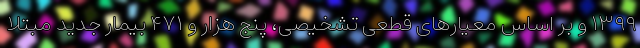
۱۳۹۹ و بر اساس معیارهای قطعی تشخیصی، پنج هزار و ۴۷۱ بیمار جدید مبتلا